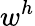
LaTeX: w^{h}